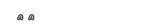
٢١